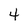
Character: 4